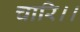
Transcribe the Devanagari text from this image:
चारि।।